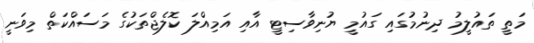
މަތީ ތައުލީމު ދިނުމުގައި ގައުމީ ޔުނިވާސިޓީ އާއި އަމިއްލަ ކޮލެޖްތަކުގެ މަސައްކަތް މިވަނީ